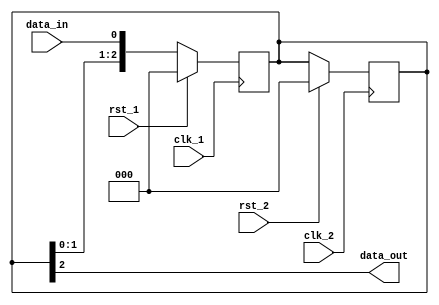
module timing_control_synchronization(
    input wire clk_1, // clock signal for domain 1
    input wire clk_2, // clock signal for domain 2
    input wire rst_1, // reset signal for domain 1
    input wire rst_2, // reset signal for domain 2
    input wire data_in, // input data signal
    output reg data_out // output data signal
);

reg [2:0] sync_reg; // 3 flip-flops for synchronization

always @(posedge clk_1)
begin
    if(rst_1)
        sync_reg <= 3'b0; // reset sync_reg on domain 1 reset signal
    else
        sync_reg <= {sync_reg[1:0], data_in}; // shift input data into sync_reg
end

always @(posedge clk_2)
begin
    if(rst_2)
        sync_reg <= 3'b0; // reset sync_reg on domain 2 reset signal
end

assign data_out = sync_reg[2]; // output synchronized data

endmodule